Scottish Leaving Certificate Examination, 1959
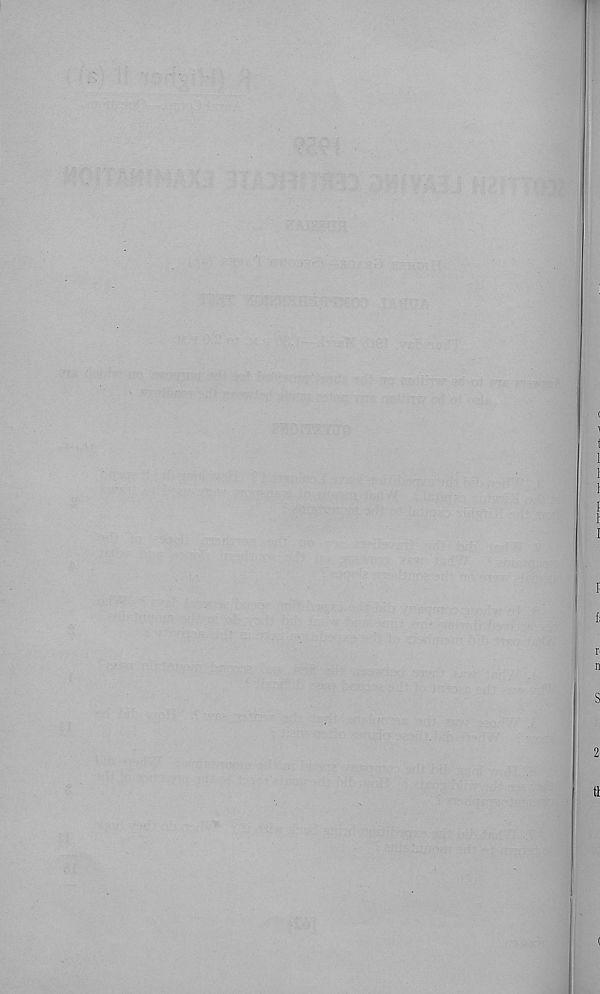
1
1
1
1
1-
I
I
f;
r
n
S
tt
(